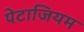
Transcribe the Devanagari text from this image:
पेटाजियम